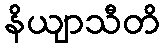
နိယျာသီတိ